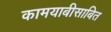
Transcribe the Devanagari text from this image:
कामयाबीसाबित